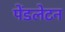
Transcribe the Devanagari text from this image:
पेंडलेटन